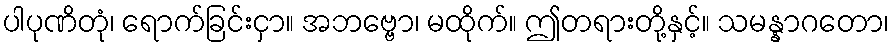
ပါပုဏိတုံ၊ ရောက်ခြင်းငှာ။ အဘဗ္ဗော၊ မထိုက်။ ဤတရားတို့နှင့်။ သမန္နာဂတော၊